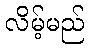
လိမ့်မည်